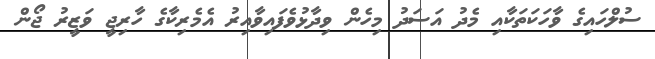
ސުލްހައިގެ ވާހަކަތަކާއި މެދު އަސަދު މިހެން ވިދާޅުވެފައިވާއިރު އެމެރިކާގެ ހާރިޖީ ވަޒީރު ޖޯން